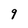
Character: 9